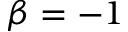
\beta = - 1